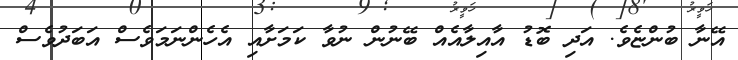
އޭނާ ބުންޏެވެ. އަދި ބޮޑު އާއިލާއެއް ބޭނުން ނުވާ ކަމަށާއި އެހެންނަމަވެސް އަބަދުވެސް